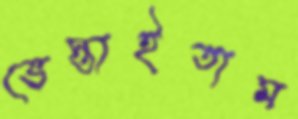
ভেস্তাইতাম